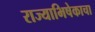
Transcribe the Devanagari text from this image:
राज्याभिषेकाचा